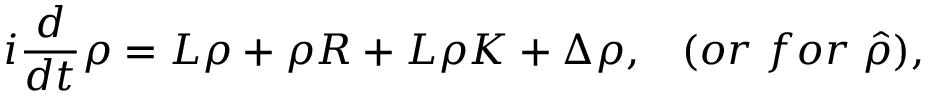
i { \frac { d } { d t } } \rho = L \rho + \rho R + L \rho K + \Delta \rho , \; \; \; ( o r \; f o r \; \hat { \rho } ) ,